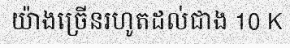
យ៉ាងច្រើនរហូតដល់ជាង 10 K